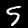
Digit: 5